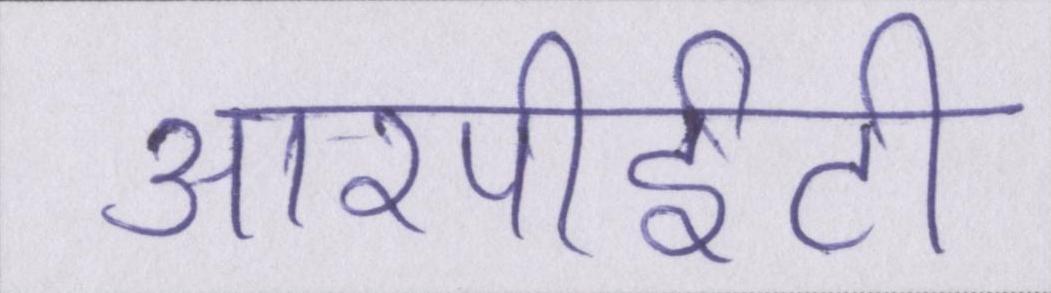
आरपीईटी